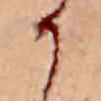
か